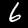
Label: 6